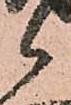
候